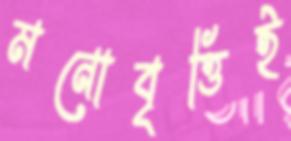
মনোবৃত্তিই